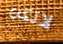
لاتكن